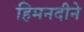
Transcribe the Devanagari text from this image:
हिमनदीने